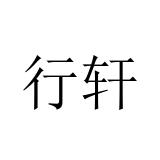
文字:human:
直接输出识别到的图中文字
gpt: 行轩